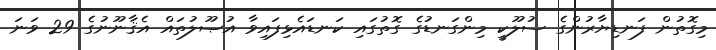
މިގޮތުން ފަނޑިޔާރުންގެ ސުލޫކީ މިންގަނޑުގެ ގޮތުގައި ކަނޑައެޅިފައިވާ އުޞޫލުތައް އެޤާނޫނުގެ 29 ވަނަ